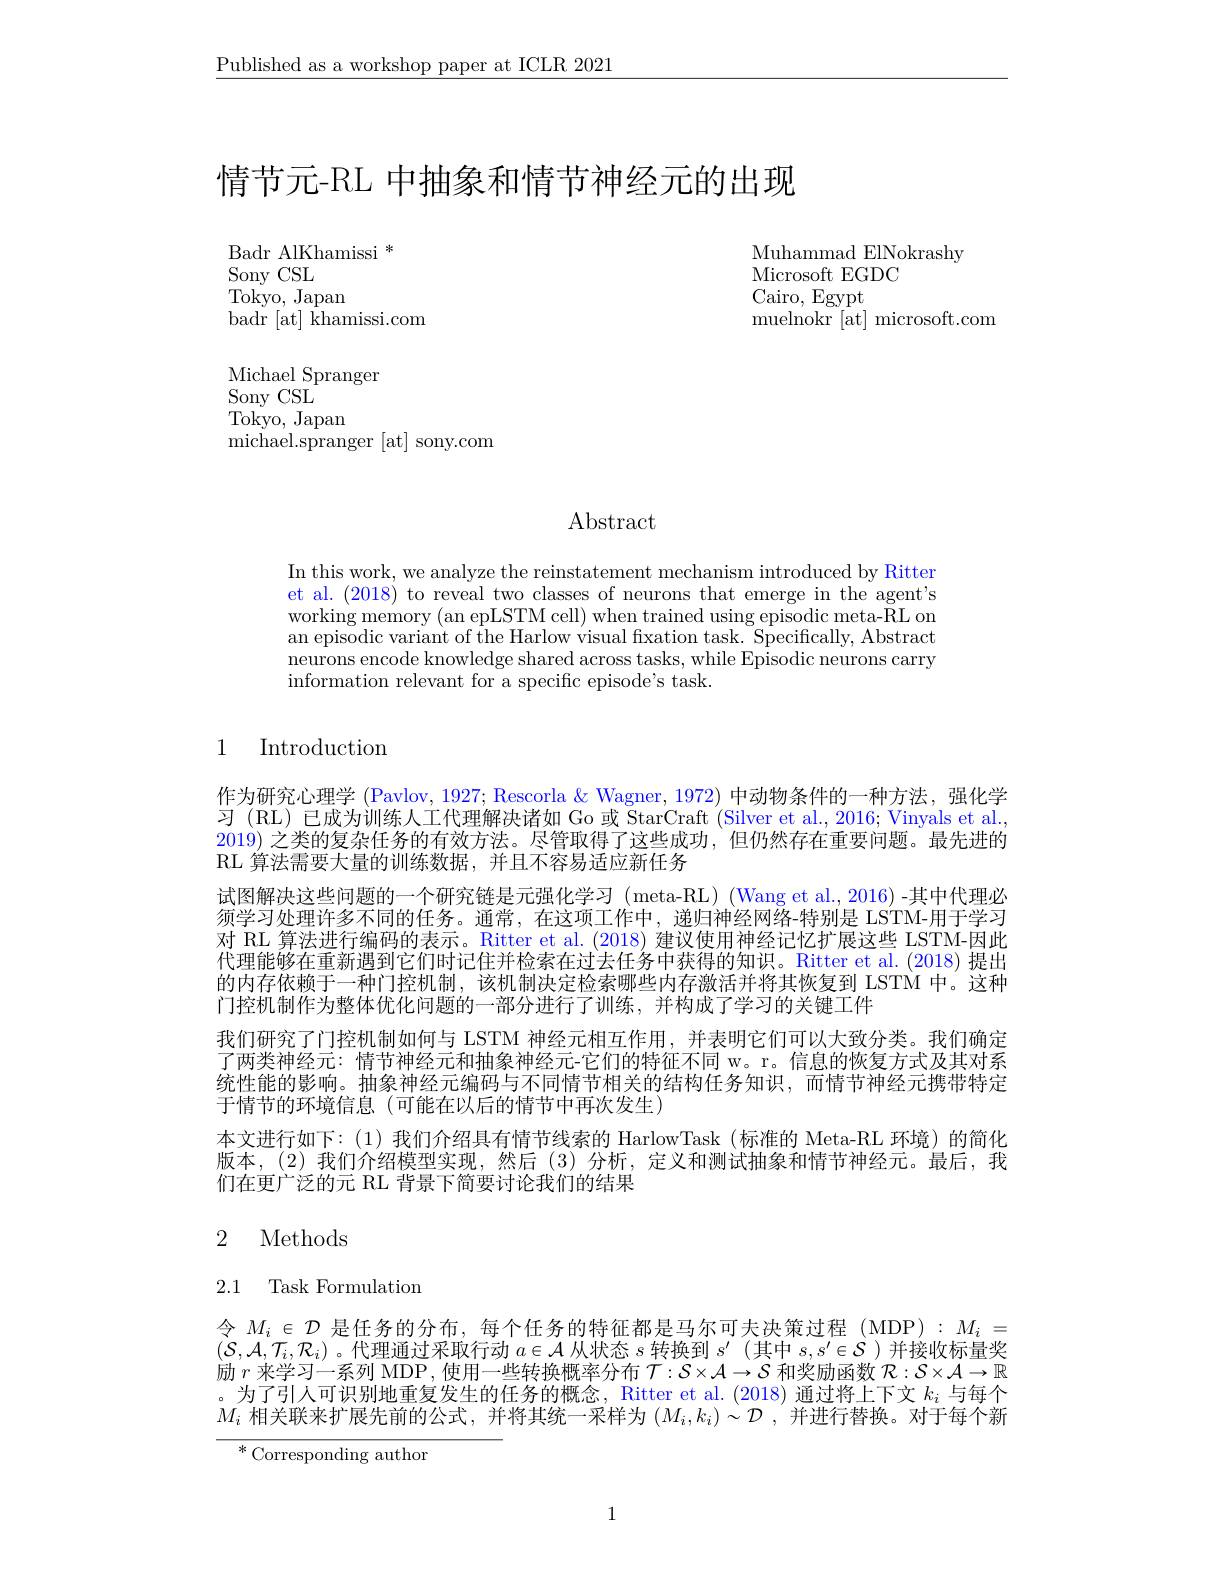
$\underline{\text{Published as a workshop paper at ICLR 2021}}$

情节元-RL 中抽象和情节神经元的出现

Badr AlKhamissi $^*$
Sony CSL
Tokyo, Japan
${\mathrm{badr~[at]~khamissi.com}}$

Muhammad ElNokrashy
Microsoft EGDC
Cairo, Egypt
muelnokr [at] microsoft.com

Michael Spranger
Sony CSL
Tokyo, Japan
${\mathrm{michael.spranger~[at]~sony.com}}$

Abstract

In this work, we analyze the reinstatement mechanism introduced by Ritter et al. (2018) to reveal two classes of neurons that emerge in the agent's working memory (an epLSTM cell) when trained using episodic meta-RL on an episodic variant of the Harlow visual fixation task. Specifically, Abstract neurons encode knowledge shared across tasks, while Episodic neurons carry information relevant for a specific episode's task.

# 1 Introduction

作为研究心理学 (Pavlov, 1927; Rescorla & Wagner, 1972) 中动物条件的一种方法，强化学习 (RL) 已成为训练人工代理解决诸如 Go 或 StarCraft (Silver et al., 2016; Vinyals et al., 2019) 之类的复杂任务的有效方法。尽管取得了这些成功，但仍然存在重要问题。最先进的RL 算法需要大量的训练数据，并且不容易适应新任务
试图解决这些问题的一个研究链是元强化学习 (meta-RL) (Wang et al., 2016) -其中代理必须学习处理许多不同的任务。通常，在这项工作中，递归神经网络-特别是 LSTM-用于学习对 RL 算法进行编码的表示。Ritter et al. (2018)建议使用神经记忆扩展这些 LSTM-因此代理能够在重新遇到它们时记住并检索在过去任务中获得的知识。Ritter et al.(2018) 提出的内存依赖于一种门控机制，该机制决定检索哪些内存激活并将其恢复到 LSTM 中。这种门控机制作为整体优化问题的一部分进行了训练，并构成了学习的关键工件
我们研究了门控机制如何与 LSTM 神经元相互作用，并表明它们可以大致分类。我们确定了两类神经元：情节神经元和抽象神经元-它们的特征不同 w。r。信息的恢复方式及其对系统性能的影响。抽象神经元编码与不同情节相关的结构任务知识，而情节神经元携带特定于情节的环境信息(可能在以后的情节中再次发生)
本文进行如下：(1)我们介绍具有情节线索的 HarlowTask (标准的 Meta-RL 环境)的简化版本，(2)我们介绍模型实现，然后(3)分析，定义和测试抽象和情节神经元。最后，我们在更广泛的元 RL 背景下简要讨论我们的结果

# 2 Methods

2.1 Task Formulation

令$M_i\in\mathcal{D}$是任务的分布，每个任务的特征都是马尔可夫决策过程(MDP):$M_i=$ $(\mathcal{S},\mathcal{A},\mathcal{T}_i,\mathcal{R}_i)$ 。代理通过采取行动$a\in\mathcal{A}$从状态$s$转换到$s^\prime$ (其中$s,s^\prime\in\mathcal{S}$ )并接收标量奖励$r$来学习一系列 MDP , 使用一些转换概率分布$\mathcal{T}:S\times\mathcal{A}\to\mathcal{S}$和奖励函数$\mathcal{R}:\mathcal{S}\times\mathcal{A}\to\mathbb{R}$ 。为了引人可识别地重复发生的任务的概念，Ritter et al.(2018) 通过将上下文$k_i$与每个$M_i$相关联来扩展先前的公式，并将其统一采样为$(M_i,k_i)\sim\mathcal{D}$,并进行替换。对于每个新

${^*\text{Corresponding author}}$

1